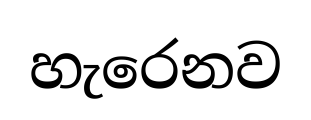
හැරෙනව